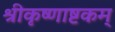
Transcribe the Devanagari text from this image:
श्रीकृष्णाष्टकम्‌